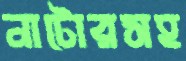
নাটোরসহ